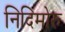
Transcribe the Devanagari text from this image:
निदिमोरु